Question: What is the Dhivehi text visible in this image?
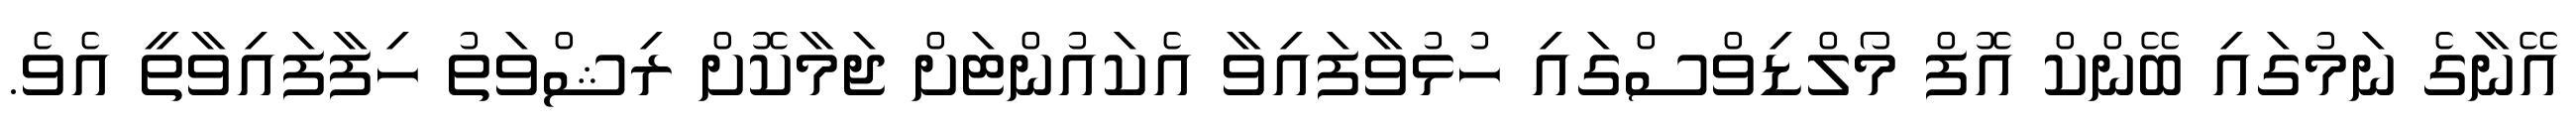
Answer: އޭނާގެ ނަމުގައި ބޭންކް އޮފް މޯލްޑިވްސްގައި ހުޅުވާފައިވާ އެކައުންޓަށް ޖަމާކޮށް ރިޝްވަތު ހިފާފައިވާތީ އެވެ.